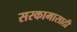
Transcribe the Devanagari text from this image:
सरकामासाठी